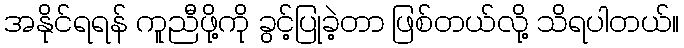
အနိုင်ရရန် ကူညီဖို့ကို ခွင့်ပြုခဲ့တာ ဖြစ်တယ်လို့ သိရပါတယ်။